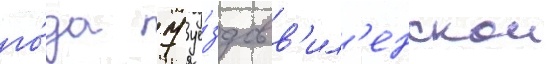
го́да 7 уе́здов в'ил'енскои